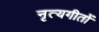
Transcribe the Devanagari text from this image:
नृत्यगीतों